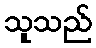
သူသည်